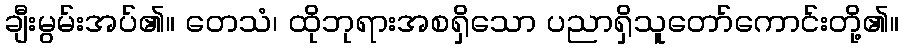
ချီးမွမ်းအပ်၏။ တေသံ၊ ထိုဘုရားအစရှိသော ပညာရှိသူတော်ကောင်းတို့၏။